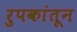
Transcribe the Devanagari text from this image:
रुपकांतून